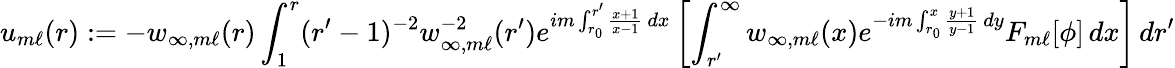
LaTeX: u_{m\ell}(r):=-w_{\infty,m\ell}(r)\int_{1}^{r}(r^{\prime}-1)^{-2}w_{\infty,m\ell}^{-2}(r^{\prime})e^{im\int_{r_{0}}^{r^{\prime}}\frac{x+1}{x-1}\, dx}\left[\int_{r^{\prime}}^{\infty}w_{\infty,m\ell}(x)e^{-im\int_{r_{0}}^{x}\frac{y+1}{y-1}\, dy}F_{m\ell}[\phi]\, dx\right]\, dr^{\prime}